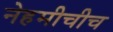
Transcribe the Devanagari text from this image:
नेहमीचीच